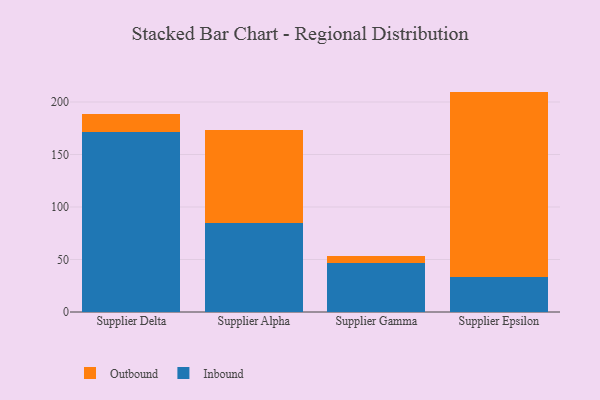
{"axis": {"x": "Supplier", "y": "Humidity (%)"}, "legend": ["Inbound", "Outbound"], "data": [{"x": "Supplier Delta", "y": 171.7, "type": "Inbound"}, {"x": "Supplier Delta", "y": 17.2, "type": "Outbound"}, {"x": "Supplier Alpha", "y": 85.0, "type": "Inbound"}, {"x": "Supplier Alpha", "y": 88.6, "type": "Outbound"}, {"x": "Supplier Gamma", "y": 46.2, "type": "Inbound"}, {"x": "Supplier Gamma", "y": 6.9, "type": "Outbound"}, {"x": "Supplier Epsilon", "y": 33.3, "type": "Inbound"}, {"x": "Supplier Epsilon", "y": 176.6, "type": "Outbound"}]}